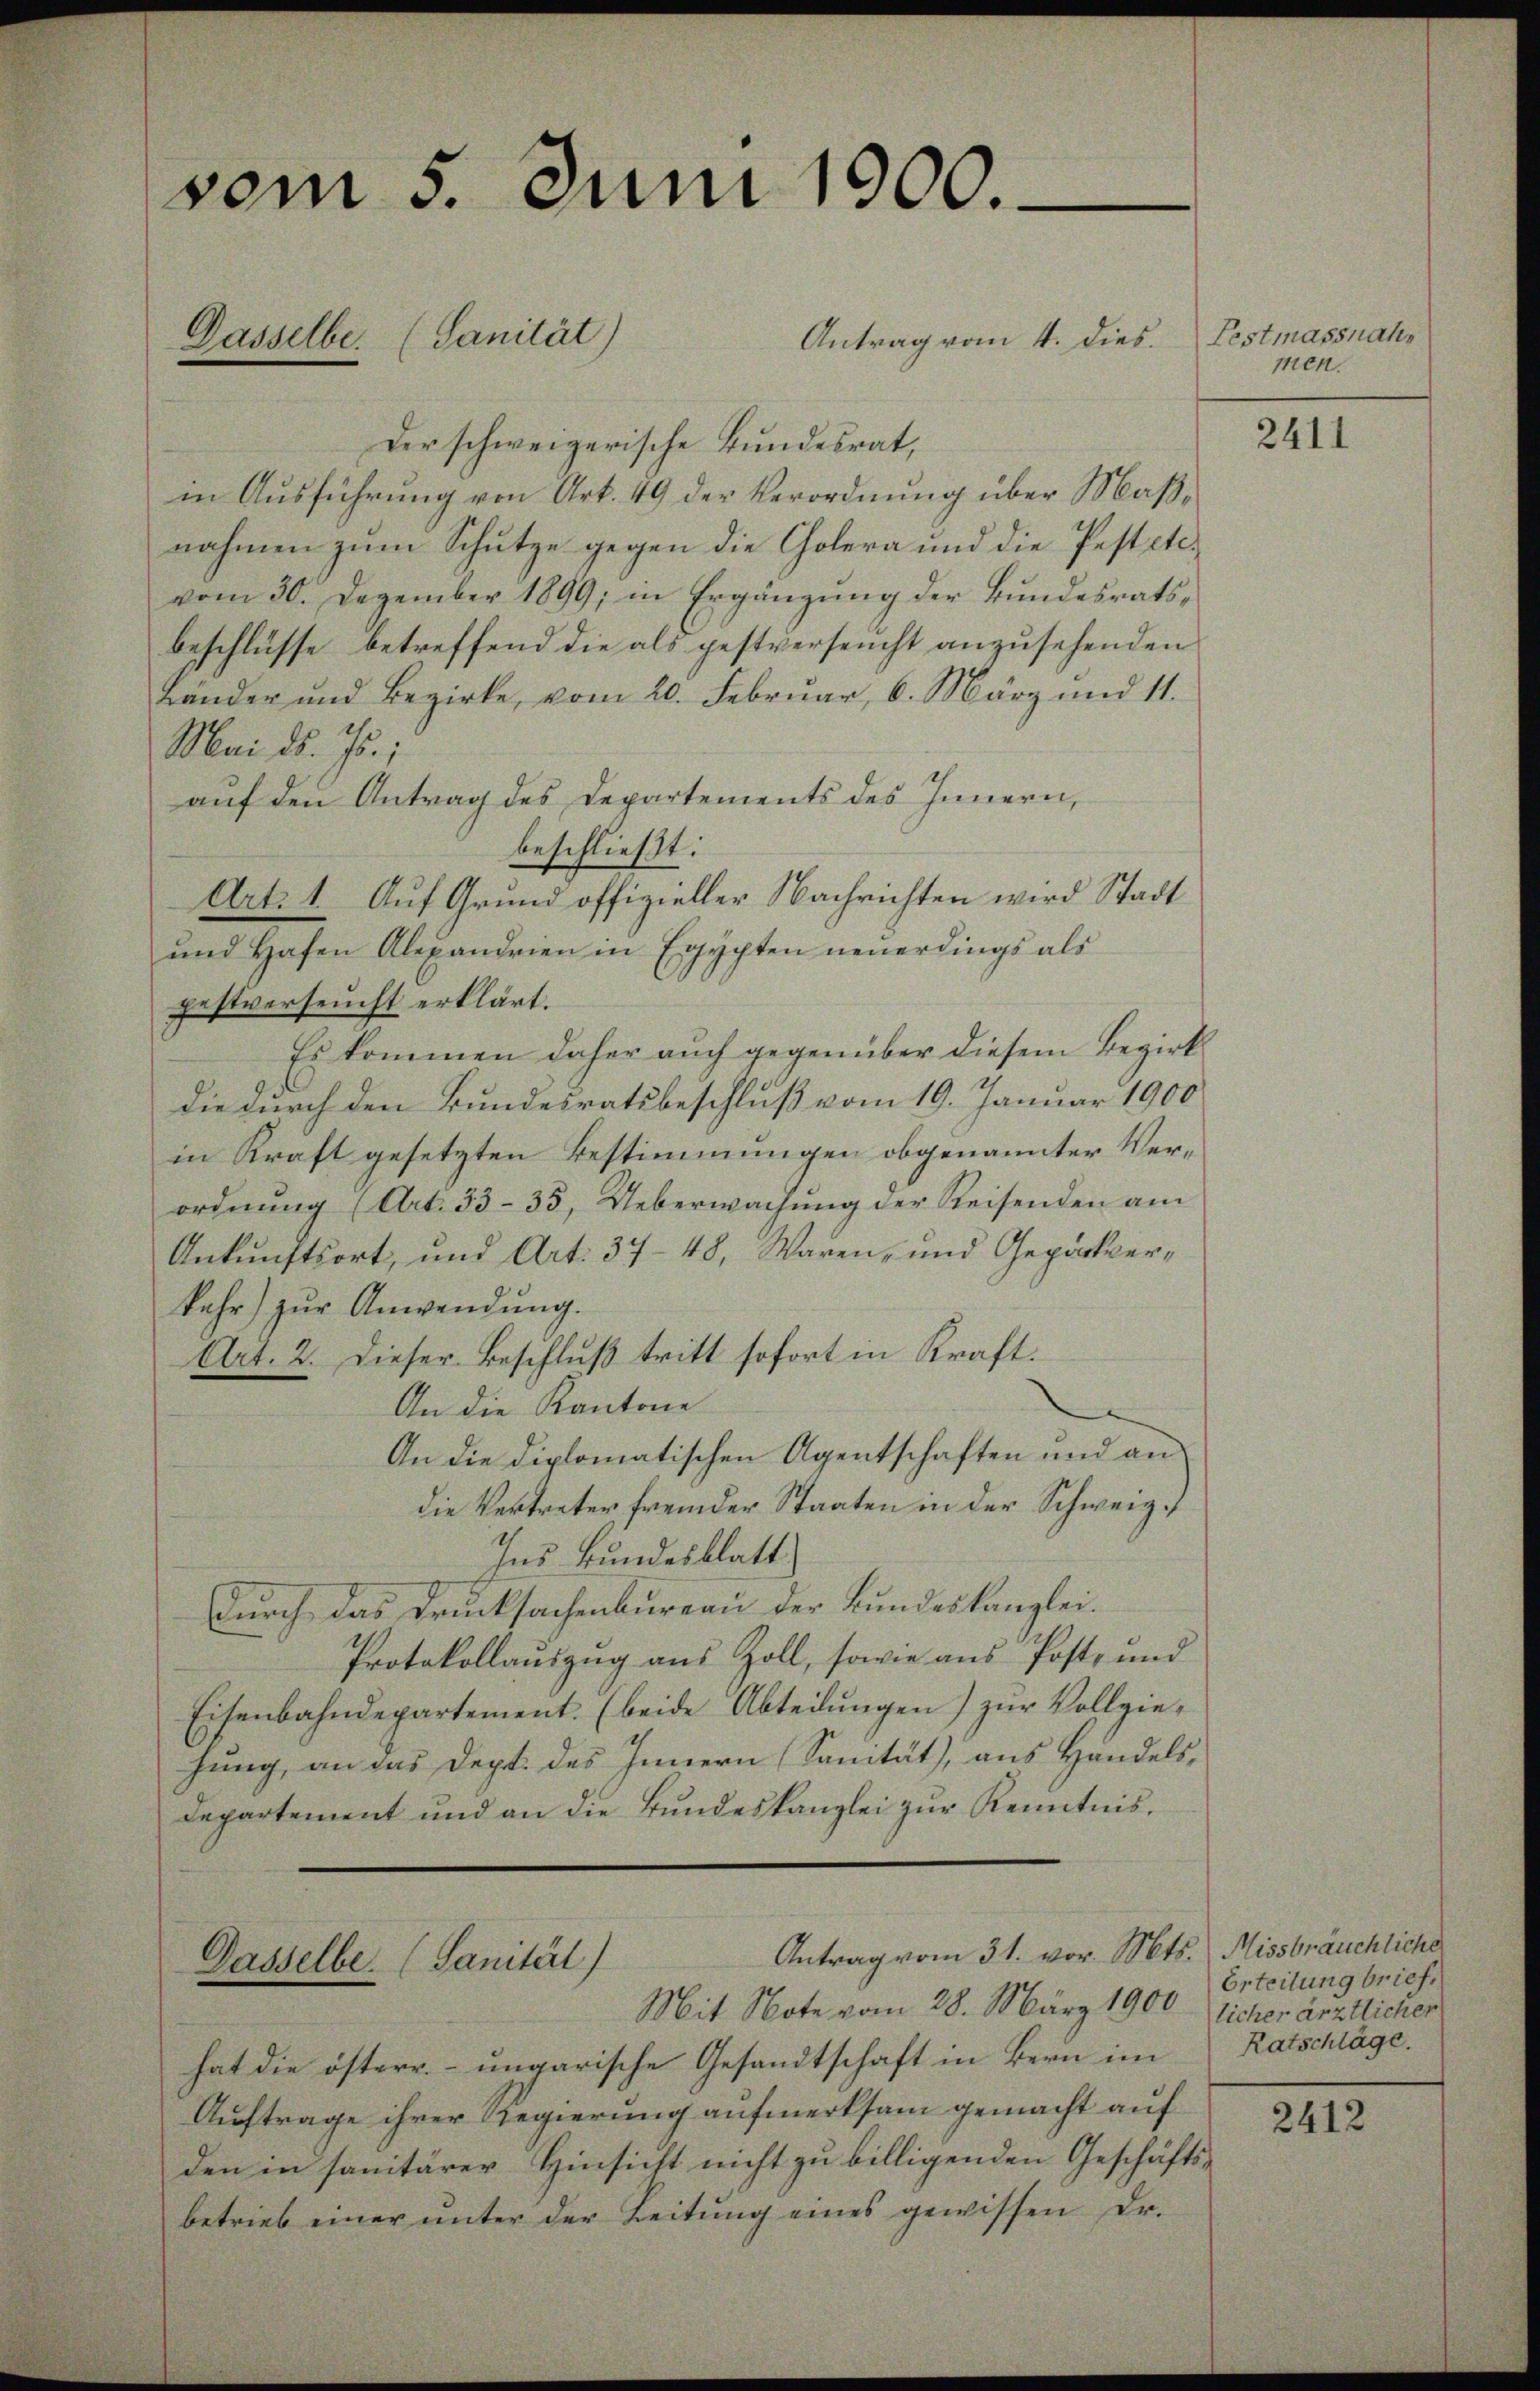
vom 5. Juni 1900.

d
Der schweizerische Bundesrat,
in Ausführung von Art. 49 der Verordnung über Maßnahmen zum Schutze gegen die Cholera und die Pestativom 30. Dezember 1899; in Ergänzung der Bundesratsbeschlüsse betreffend die als gestverseucht anzusehenden
Länder und Bezirke, vom 20. Februar, 6. März und 11.
Mai d. Js.,
auf den Antrag des Departements des Innern,
beschließt:
Art. 1. Auf Grund offizieller Nachrichten wird Stadt
und Hafen Alexandrien in Egypten neuerdings als
pestverseucht erklärt.
Es kommen daher auch gegenüber diesem Bezirk
die durch den Bundesratsbeschluß vom 19. Januar 1900
in Kraft gesetzten Bestimmungen obgenannter Verordnŭng (Art. 33-35, Ueberwachŭng der Reisenden am
Ankunftsort, und Art: 37-48, Waren, und Gepäckerkahr) zur Anwendung.
Art. 2. Dieser Beschluß tritt sofort in Kraft.
An die Kantone
An die diplomatischen Agentschaften und an
die Vertreter fremder Staaten in der Schweiz¬
Ins Bundesblatt)
Durch das Drucksachenbureau der Bundeskanzlei.
Protokollauszug aus Zoll, sowie aus Post- und
Eisenbahndepartement. (beide Abteilungen) zur Vollziehung, an das Dept. des Innern Sanität), aus Handels,
Departement und an die Bundeskanzlei zur Kenntnis.

Dasselbe. (Sanität)

hat die österr. ungarische Gesandtschaft in Bern im
Auftrage ihrer Regierung aufmerksam gemacht auf
den in sanitärer Hinsicht nicht zu billigenden Geschäftsbetrieb einer ŭnter der Leitŭng eines gewissen Dr.

Antrag vom 4. dies. Festmassnahe

Antrag vom 31. vor. Mts. Missbräuchliche
Dasselbe. (Sanität)
Mit Note vom 28. März 1900 sicher ärztlicher

men.

2411

Erteilung brief.
Ratschläge.

2412